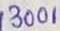
Text: 13001